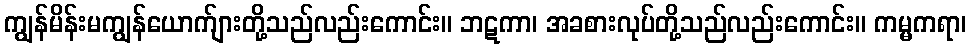
ကျွန်မိန်းမကျွန်ယောက်ျားတို့သည်လည်းကောင်း။ ဘဋကာ၊ အခစားလုပ်တို့သည်လည်းကောင်း။ ကမ္မကရာ၊